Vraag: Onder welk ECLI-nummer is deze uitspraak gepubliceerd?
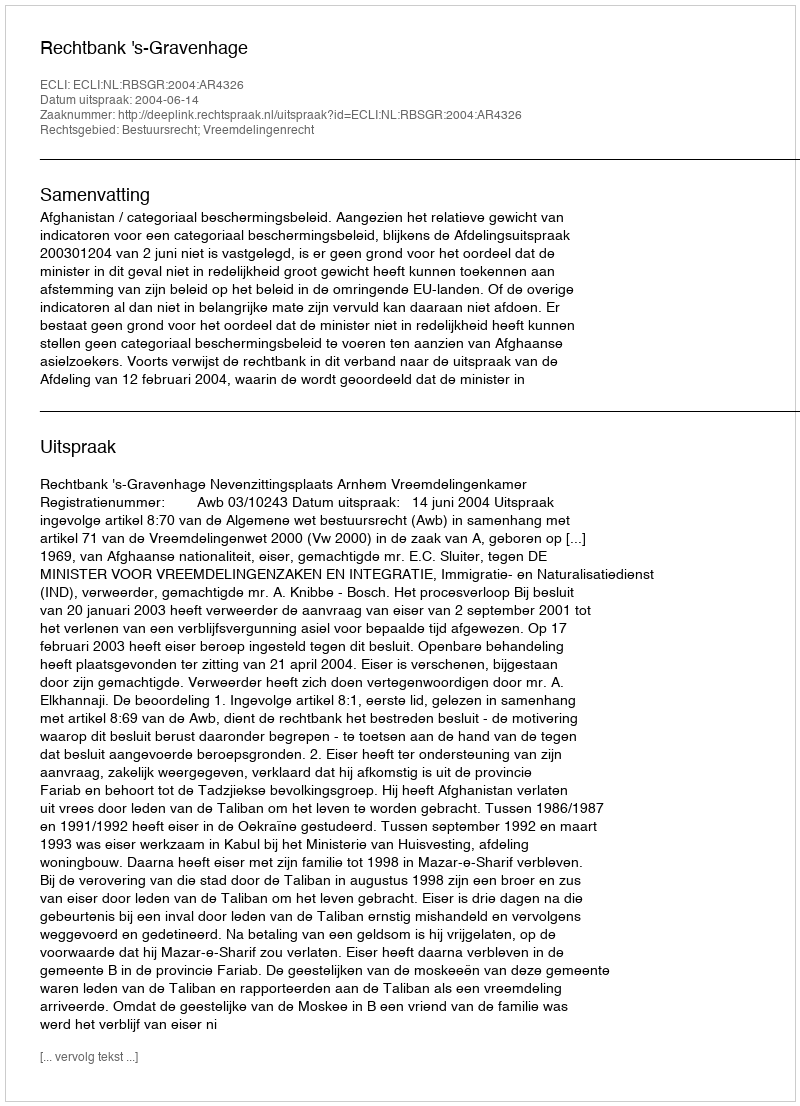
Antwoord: ECLI:NL:RBSGR:2004:AR4326